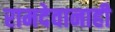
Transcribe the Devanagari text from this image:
रामदेवानाही